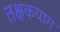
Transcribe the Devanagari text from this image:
तक्षकयाग